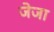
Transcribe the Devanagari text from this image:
जेजा